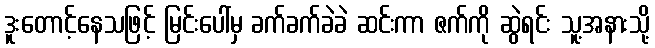
ဒူးတောင့်နေသဖြင့် မြင်းပေါ်မှ ခက်ခက်ခဲခဲ ဆင်းကာ ဇက်ကို ဆွဲရင်း သူ့အနားသို့